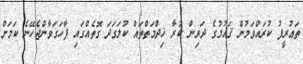
ތަޢުރީފު ކުރައްވަމުން ޤައުމުގެ ދަރިން ކުރާ ޚިދްމަތްތައް ކުލަގަދަ ގޮތެއްގައި ފާހަގަވާންޖެހޭނެ ކަމަށް